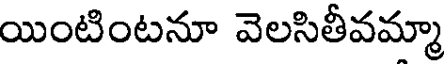
యింటింటనూ వెలసితీవమ్మా